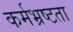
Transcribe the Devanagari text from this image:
कर्मभ्रष्टता